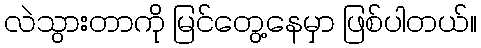
လဲသွားတာကို မြင်တွေ့နေမှာ ဖြစ်ပါတယ်။